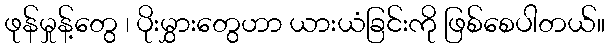
ဖုန်မှုန့်တွေ ၊ ပိုးမွှားတွေဟာ ယားယံခြင်းကို ဖြစ်စေပါတယ်။